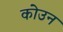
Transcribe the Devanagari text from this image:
कोउन